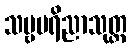
သဗ္ဗပရိညာသုတ္တ